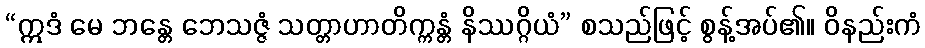
“ဣဒံ မေ ဘန္တေ ဘေသဇ္ဇံ သတ္တာဟာတိက္ကန္တံ နိဿဂ္ဂိယံ” စသည်ဖြင့် စွန့်အပ်၏။ ဝိနည်းကံ